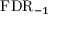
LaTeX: \mathrm { F D R } _ { - 1 }